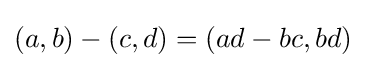
(a,b)-(c,d)=(ad-bc,bd)